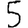
Digit: 5